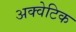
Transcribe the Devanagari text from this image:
अक्वेटिक